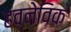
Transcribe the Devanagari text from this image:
हव्नेविक